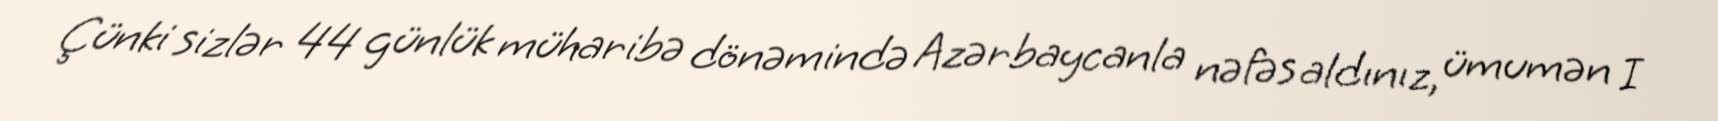
Çünki sizlər 44 günlük müharibə dönəmində Azərbaycanla nəfəs aldınız, ümumən I